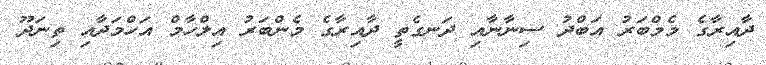
ދާއިރާގެ މެމްބަރު އަބްދު ސިނާނާއި ދަނގެތީ ދާއިރާގެ މެންބަރު އިލްހާމް އަހްމަދާއި ތިނަދޫ